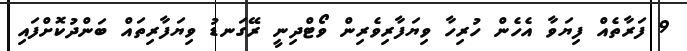
9 ފަރާތެއް ފިޔަވާ އެހެން ހުރިހާ ވިޔަފާރިވެރިން ވޯޓްދިނީ ރޭގަނޑު ވިޔަފާރިތައް ބަންދުކޮށްފައި